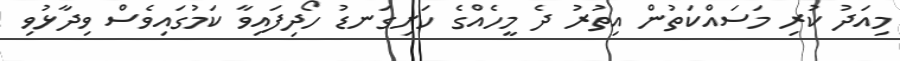
މިއަދު ކުރި މަސައްކަތުން އިތުރު ދެ މީހެއްގެ ހަށިގަނޑު ހޯދިފައިވާ ކަމުގައިވެސް ވިދާޅުވި